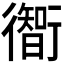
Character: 𫋰